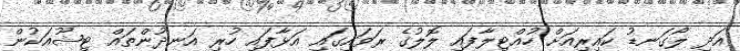
އަދި ލޯގަނޑު ކައިރިއަށް ހުއްޓިލާފައި ލޮލުގެ ރަވައިގައި އަޅާފައި ހުރި އަނދުންތައް ޓިޝޫއަކުން